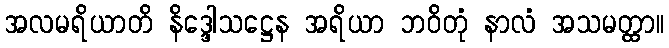
အလမရိယာတိ နိဒ္ဒေါသဋ္ဌေန အရိယာ ဘဝိတုံ နာလံ အသမတ္ထာ။